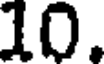
10.